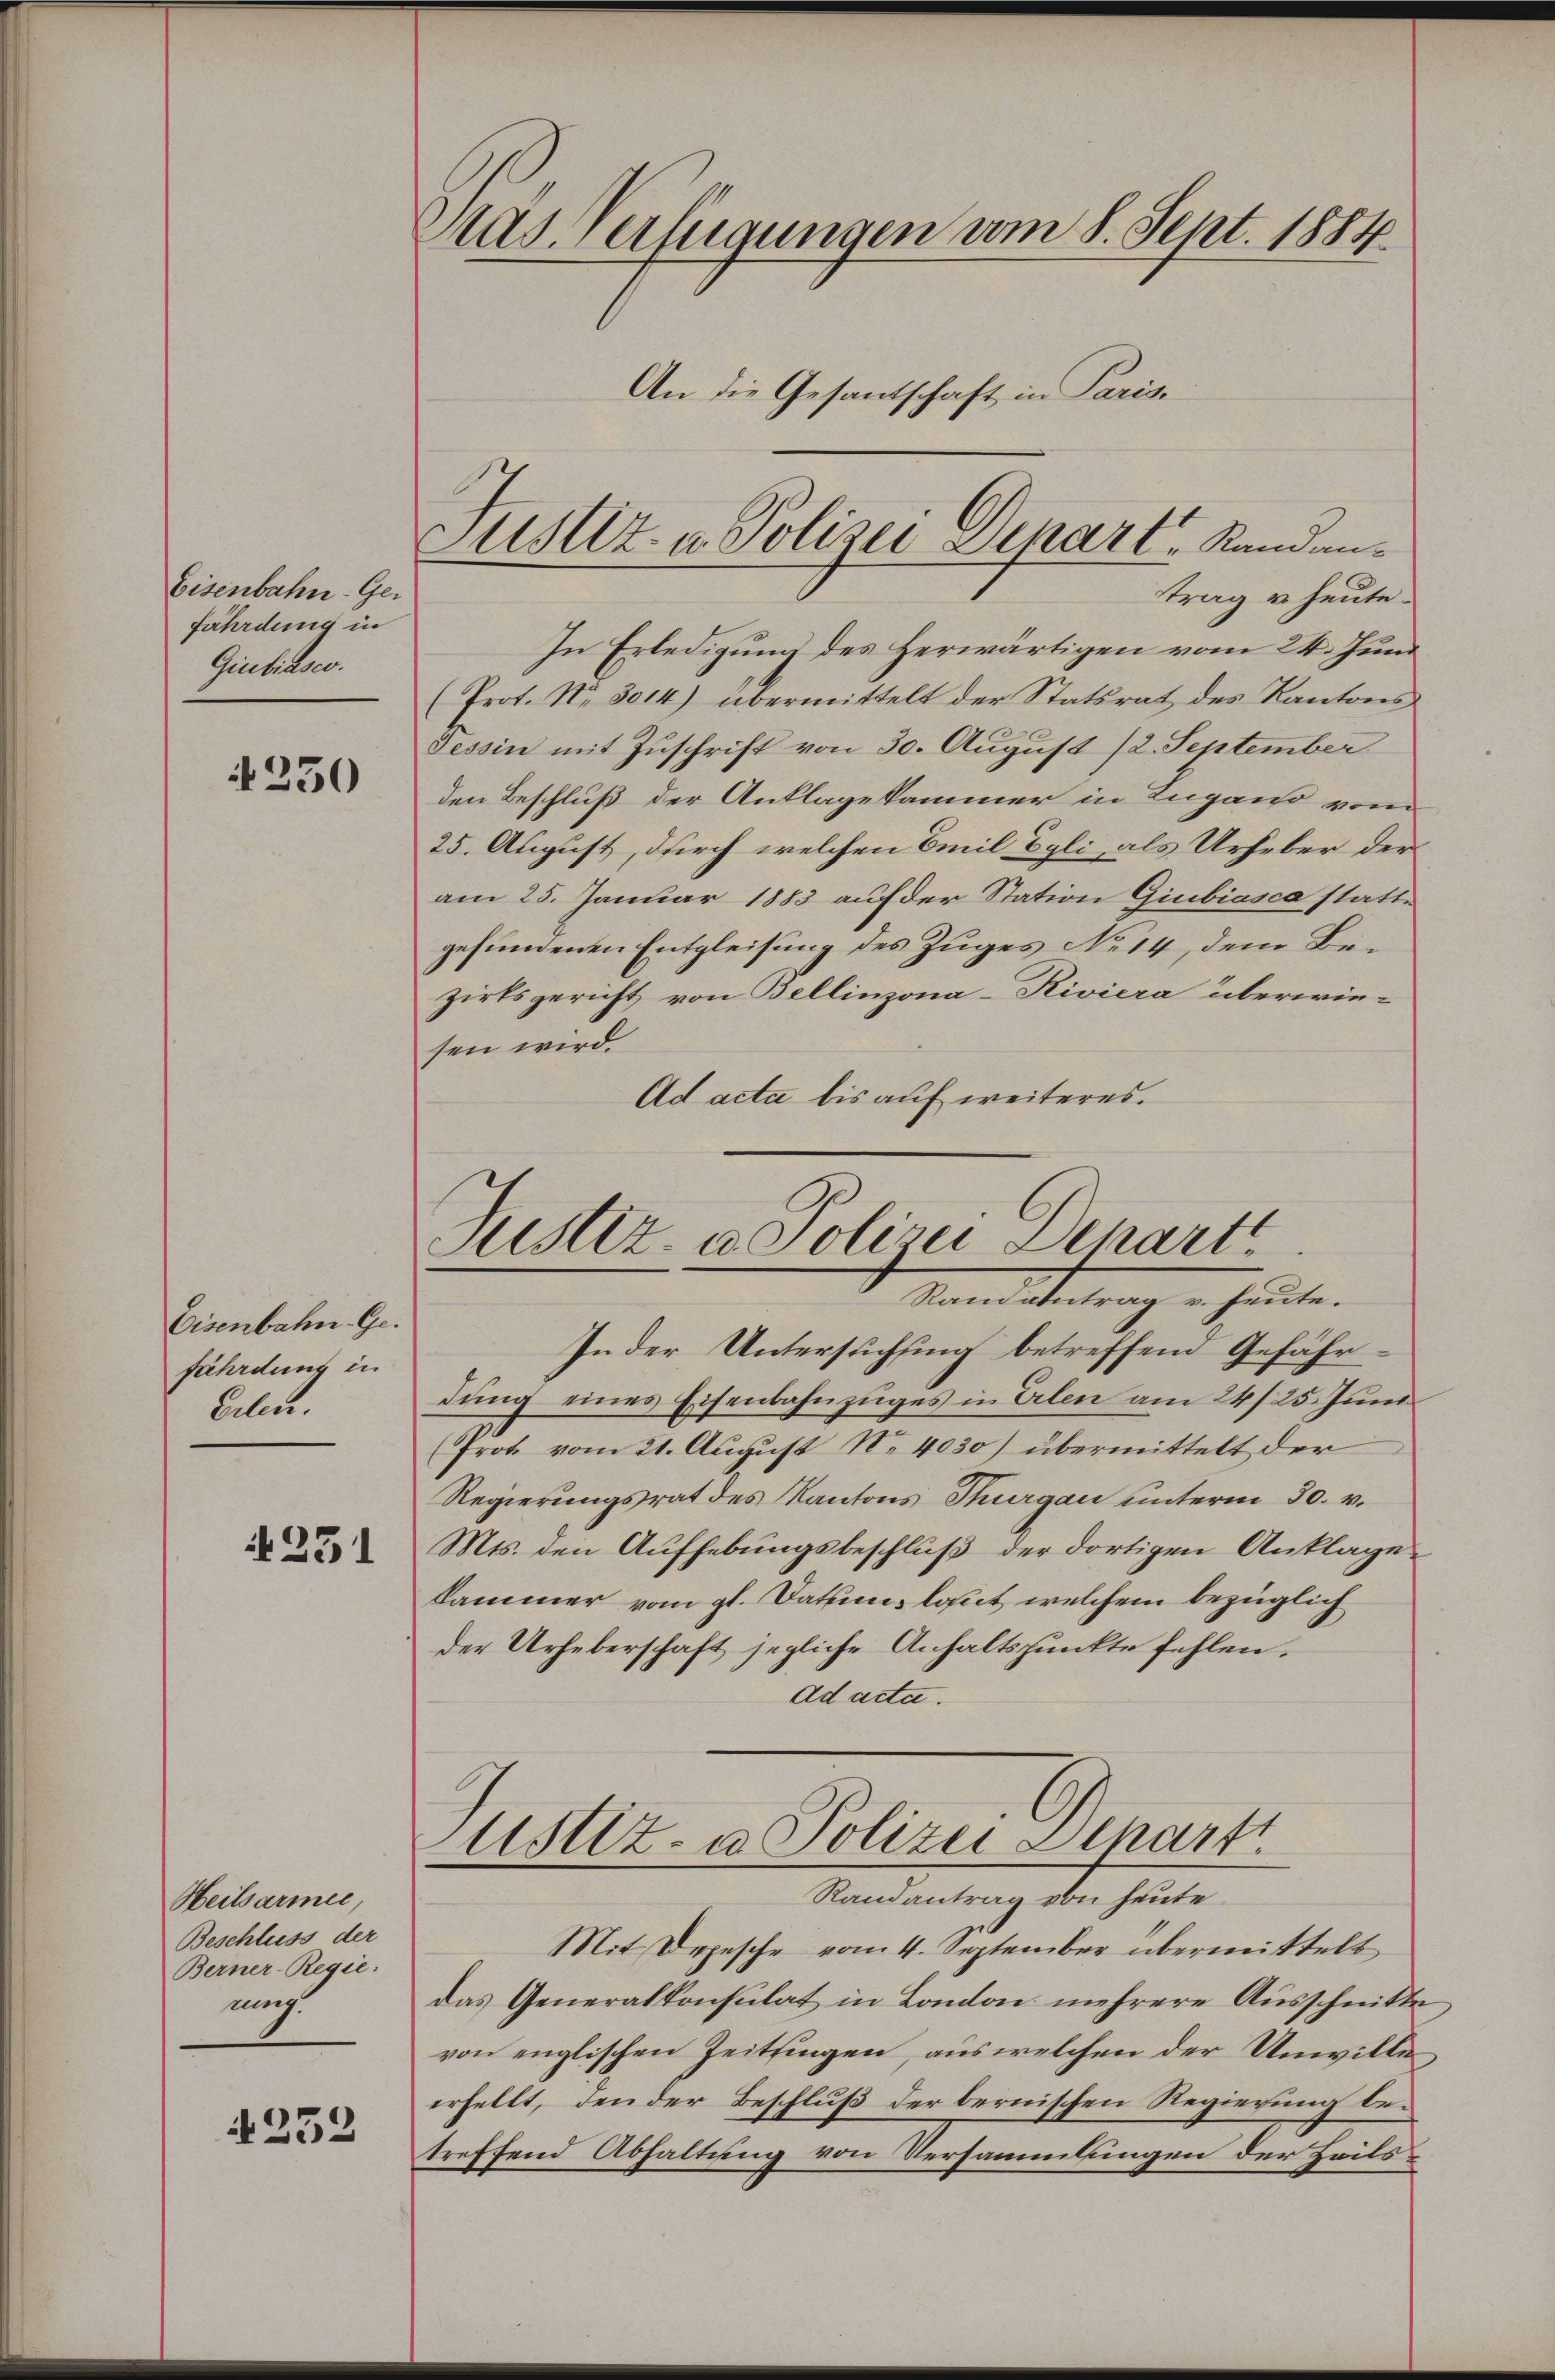
Eisenbahn-Gefährdung in
Giubiasco.

250

Eisenbahn. Ge
fährdung in
Eilen.

231

Heilsarmee
Beschluss der
Berner-Regie
rung.

252

Atas erfügungen vom 8. Sept. 1884
An die Gesandschaft in Paris

Justiz- u. Polizei Depart, Randentrag u. heute.

In Erledigung des Herwärtigen vom 24. Juni
(Prot. No 3014) übermittelt der Statsrat des Kantons
Tessin mit Zuschrift von 30. August 12. September
den Beschluß der Anklagekammer in Lugano vom
25. August, durch welchen Emil Egli, als Urheber der
am 25. Januar 1883 auf der Station Giubiasca stattgefundenen Entgleisung des Zuges No 14, dem Bezirksgericht von Bellinzona-Riviera überwie-
sen wird.
Ad acta bis auf weiteres.

Justiz- u. Polizei Depart
Ramantrag v. heute.

In der Untersuchung betreffend Gefährdŭng eines Eisenbahnzuges in Erlen am 24/25. Juni
(Frot vom 21. August N. 4030) übermittelt der
Regierungsrat des Kantons Thurgau unterm 30. v.
Mts. den Aufhebungsbeschluß der dortigen Anklage
kammer vom gl. Datum, laut, welchem bezüglich
der Urheberschaft jegliche Anhaltspunkte fehlen.
ad acta.

ustiz- u Polizei Depart
Randantrag von heute
Mit Depesche vom 4. September übermittelt

das Generalkonsulat in London mehrere Ausschnitte
von englischen Zeitsingen, aus welchen der Unwille
erhellt, den der Beschluß der bernischen Regierung betreffend Abhaltung von Versammlungen der Zeils¬